Civil Veterinary Department. United Provinces 1923-31 - 1923-1931
Year: 1923
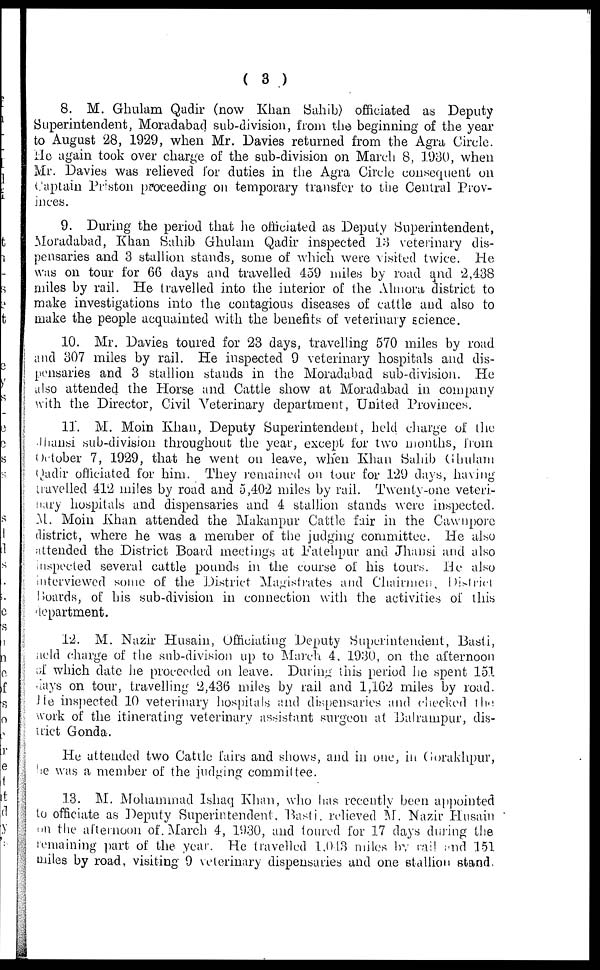
(3)
8. M. Ghulam Qadir (now Khan Sahib) officiated as Deputy
Superintendent, Moradabad sub-division, from the beginning of the year
to August 28, 1929, when Mr. Davies returned from the Agra Circle.
He again took over charge of the sub-division on March 8, 1930, when
Mr. Davies was relieved for duties in the Agra Circle consequent on
Captain Priston proceeding on temporary transfer to the Central Prov-
inces.
9. During the period that he officiated as Deputy Superintendent,
Moradabad, Khan Sahib Ghulam Qadir inspected 13 veterinary dis-
pensaries and 3 stallion stands, some of which were visited twice. He
was on tour for 66 days and travelled 459 miles by road and 2,438
miles by rail. He travelled into the interior of the Almora district to
make investigations into the contagious diseases of cattle and also to
make the people acquainted with the benefits of veterinary science.
10. Mr. Davies toured for 23 days, travelling 570 miles by road
and 307 miles by rail. He inspected 9 veterinary hospitals and dis-
pensaries and 3 stallion stands in the Moradabad sub-division. He
also attended the Horse and Cattle show at Moradabad in company
with the Director, Civil Veterinary department, United Provinces.
11. M. Moin Khan, Deputy Superintendent, held charge of the
Jhansi sub-division throughout the year, except for two months, from
October 7, 1929, that he went on leave, when Khan Sahib Ghulam
Qadir officiated for him. They remained on tour for 129 days, having
travelled 412 miles by road and 5,402 miles by rail. Twenty-one veteri-
nary hospitals and dispensaries and 4 stallion stands were inspected.
M. Moin Khan attended the Makanpur Cattle fair in the Cawnpore
district, where he was a member of the judging committee. He also
attended the District Board meetings at Fatehpur and Jhansi and also
inspected several cattle pounds in the course of his tours. He also
interviewed sonic of the District Magistrates and Chairmen, District
Boards, of his sub-division in connection with the activities of this
department.
12. M. Nazir Husain, Officiating Deputy Superintendent, Basti,
held charge of the sub-division up to March 4, 1930, on the afternoon
of which date he proceeded on leave. During this period he spent 151
days on tour, travelling 2,436 miles by rail and 1,162 miles by road.
He inspected 10 veterinary hospitals and dispensaries and checked the
work of the itinerating veterinary assistant surgeon at Balrampur, dis-
trict Gonda.
He attended two Cattle fairs and shows, and in one, in Gorakhpur,
he was a member of the judging committee.
13. M. Mohammad Ishaq Khan, who has recently been appointed
to officiate as Deputy Superintendent, Basti, relieved M. Nazir Husain
on the afternoon of. March 4, 1930, and toured for 17 days dining the
remaining part of the year. He travelled 1.01.3 miles by rail and 151
miles by road, visiting 9 veterinary dispensaries and one stallion stand.